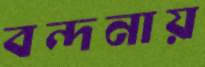
বন্দনায়